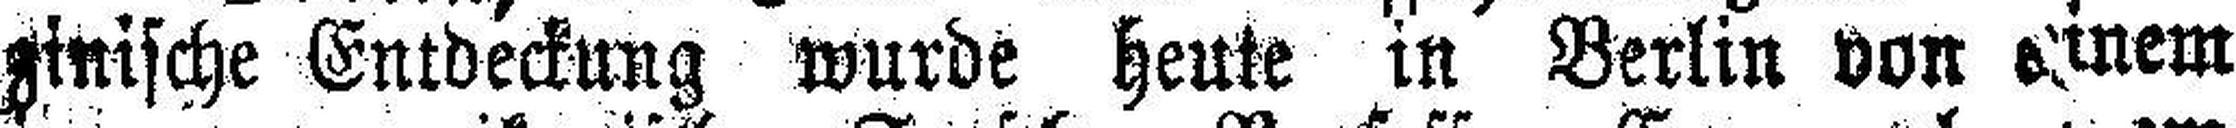
zinische Entdeckung wurde heute in Berlin von einem